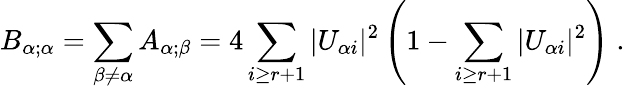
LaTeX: B_{\alpha;\alpha}=\sum_{\beta\neq\alpha}A_{\alpha;\beta}=4\sum_{i\geq r+1}|U_{\alpha i}|^{2}\left(1-\sum_{i\geq r+1}|U_{\alpha i}|^{2}\right)\; .